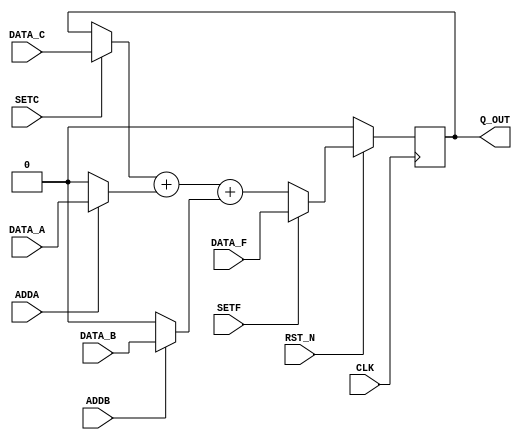

// Copyright (c) 2000-2009 Bluespec, Inc.

// Permission is hereby granted, free of charge, to any person obtaining a copy
// of this software and associated documentation files (the "Software"), to deal
// in the Software without restriction, including without limitation the rights
// to use, copy, modify, merge, publish, distribute, sublicense, and/or sell
// copies of the Software, and to permit persons to whom the Software is
// furnished to do so, subject to the following conditions:

// The above copyright notice and this permission notice shall be included in
// all copies or substantial portions of the Software.

// THE SOFTWARE IS PROVIDED "AS IS", WITHOUT WARRANTY OF ANY KIND, EXPRESS OR
// IMPLIED, INCLUDING BUT NOT LIMITED TO THE WARRANTIES OF MERCHANTABILITY,
// FITNESS FOR A PARTICULAR PURPOSE AND NONINFRINGEMENT. IN NO EVENT SHALL THE
// AUTHORS OR COPYRIGHT HOLDERS BE LIABLE FOR ANY CLAIM, DAMAGES OR OTHER
// LIABILITY, WHETHER IN AN ACTION OF CONTRACT, TORT OR OTHERWISE, ARISING FROM,
// OUT OF OR IN CONNECTION WITH THE SOFTWARE OR THE USE OR OTHER DEALINGS IN
// THE SOFTWARE.
//
// $Revision: 17872 $
// $Date: 2009-09-18 14:32:56 +0000 (Fri, 18 Sep 2009) $

`ifdef BSV_ASSIGNMENT_DELAY
`else
`define BSV_ASSIGNMENT_DELAY
`endif

// N -bit counter with load, set and 2 increment
module Counter(CLK,
               RST_N,
               Q_OUT, 
               DATA_A, ADDA, 
               DATA_B, ADDB, 
               DATA_C, SETC, 
               DATA_F, SETF);
   // synopsys template   

   parameter width = 1;
   parameter init = 0;

   input                 CLK;
   input                 RST_N;
   input [width - 1 : 0] DATA_A;
   input                 ADDA;
   input [width - 1 : 0] DATA_B;
   input                 ADDB;
   input [width - 1 : 0] DATA_C;
   input                 SETC;
   input [width - 1 : 0] DATA_F;
   input                 SETF;
   
   output [width - 1 : 0] Q_OUT;


   
   reg [width - 1 : 0]    q_state ;
   
   assign                 Q_OUT = q_state ;
   
   always@(posedge CLK /*or negedge RST_N*/ ) begin
    if (RST_N == 0)
      q_state  <= `BSV_ASSIGNMENT_DELAY init;
    else
      begin
         if ( SETF )
           q_state <= `BSV_ASSIGNMENT_DELAY DATA_F ;
         else
           q_state <= `BSV_ASSIGNMENT_DELAY (SETC ? DATA_C : q_state ) + (ADDA ? DATA_A : {width {1'b0}}) + (ADDB ? DATA_B : {width {1'b0}} ) ;
      end // else: !if(RST_N == 0)      
   end // always@ (posedge CLK)

`ifdef BSV_NO_INITIAL_BLOCKS
`else // not BSV_NO_INITIAL_BLOCKS
   // synopsys translate_off
   initial begin
      q_state = {((width + 1)/2){2'b10}} ; 
   end
   // synopsys translate_on
`endif // BSV_NO_INITIAL_BLOCKS

endmodule